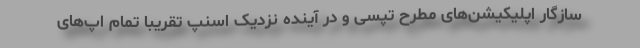
سازگار اپلیکیشن‌های مطرح تپسی و در آینده نزدیک اسنپ تقریبا تمام اپ‌های